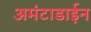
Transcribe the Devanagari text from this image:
अमंटाडाईन